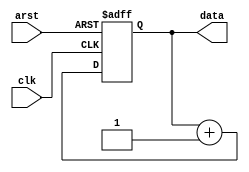
`timescale 1ns/1ns
module counter( clk,
                arst,
                data	        
                );


 input          clk;   //input clock
 input          arst;   //asynchronous reset, low effect
 
 output [7:0]   data;
 reg    [7:0]   data;

 


always@(posedge clk or negedge arst)	
     if(!arst)
	data <= 0;
     else
        data <= data+1;


endmodule